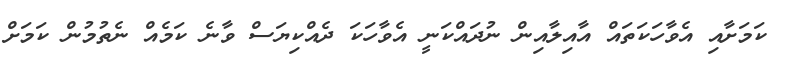
ކަމަށާއި އެވާހަކަތައް އާއިލާއިން ނުދައްކަނީ އެވާހަކަ ދެއްކިޔަސް ވާނެ ކަމެއް ނެތުމުން ކަމަށް